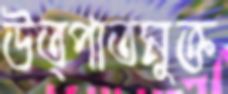
উত্পাতমুক্ত